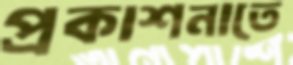
প্রকাশনাতে